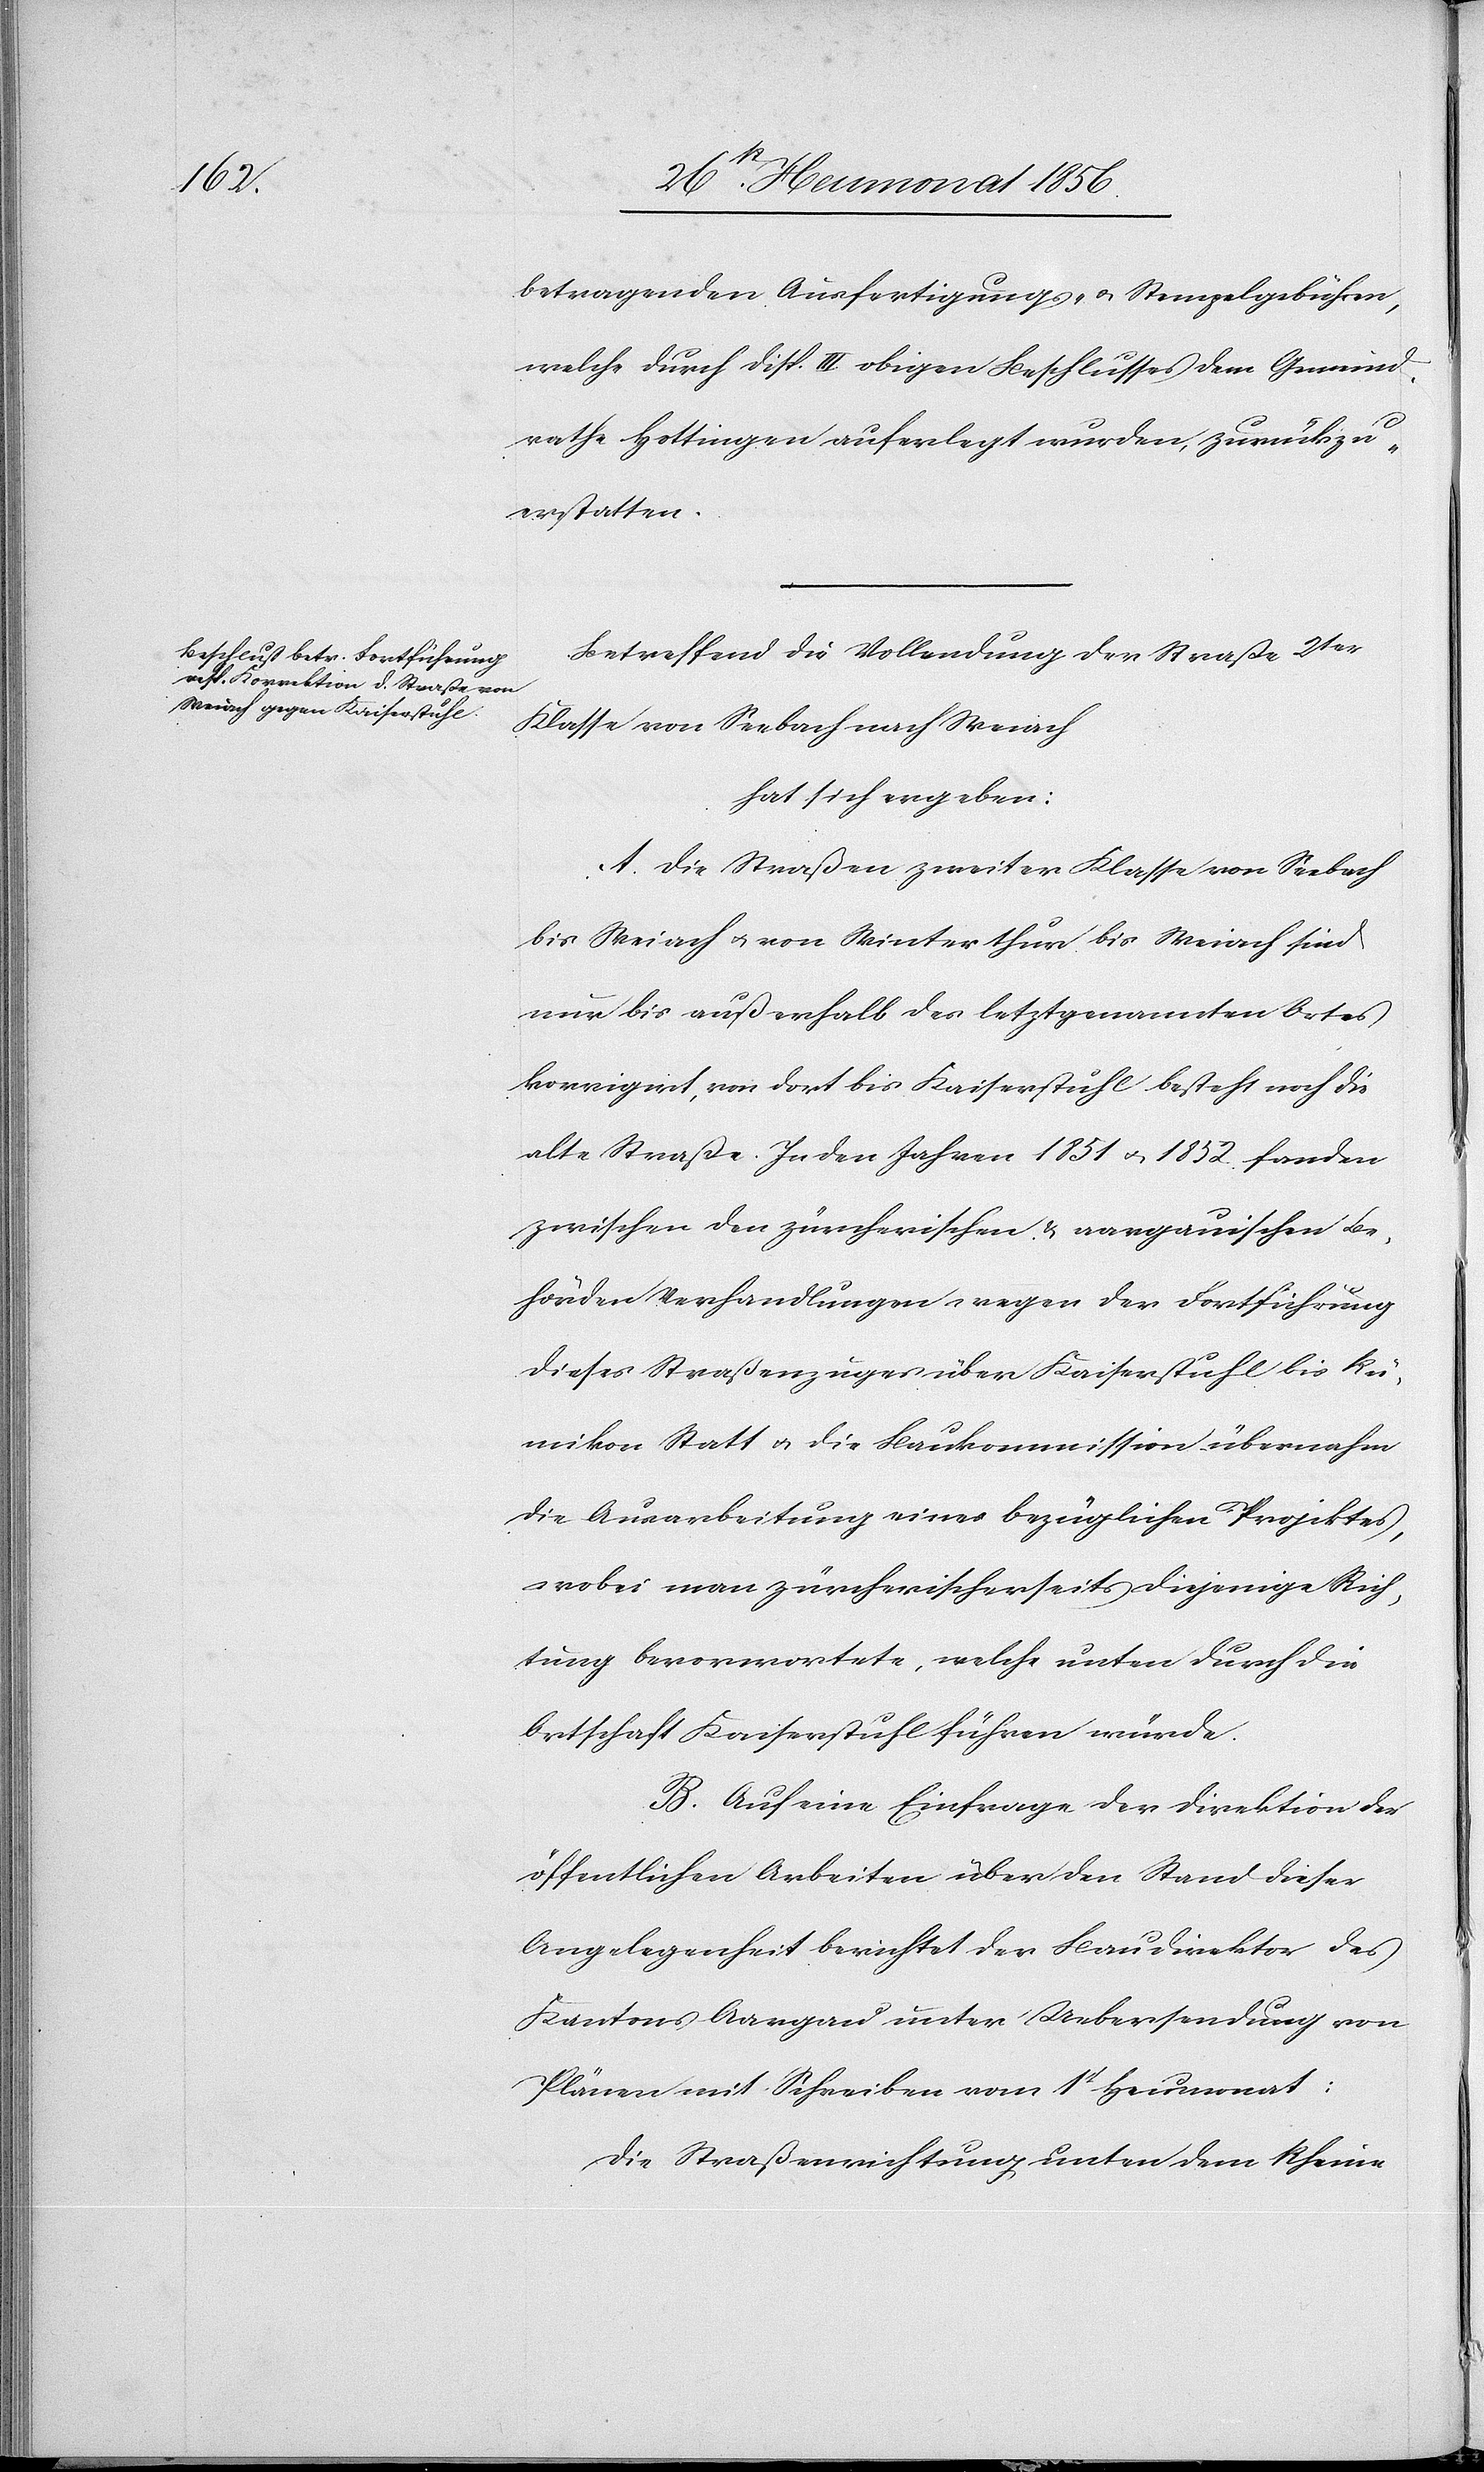
betragenden Ausfertigungs- u. Stempelgebühren,
welche durch Disp. III obigen Beschlusses dem Gemeind¬
rathe Hottingen auferlegt wurden, zurückzu¬
erstatten.
Betreffend die Vollendung der Straße 2ter
Klasse von Seebach nach Weiach
hat sich ergeben:
A. Die Straßen zweiter Klasse von Seebach
bis Weiach u. von Winterthur bis Weiach sind
nur bis außerhalb des letztgenannten Ortes
korrigirt, von dort bis Kaiserstuhl besteht noch die
alte Straße. In den Jahren 1851 u. 1852. fanden
zwischen den zürcherischen & aargauischen Be¬
hörden Verhandlungen wegen der Fortführung
dieses Straßenzuges über Kaiserstuhl bis Rü¬
mikon Statt u. die Baukommission übernahm
die Ausarbeitung eines bezüglichen Projektes,
wobei man zürcherischerseits diejenige Rich¬
tung bevorwortete, welche unten durch die
Ortschaft Kaiserstuhl führen würde.
B. Auf eine Einfrage der Direktion der
öffentlichen Arbeiten über den Stand dieser
Angelegenheit berichtet der Baudirektor des
Kantons Aargau unter Uebersendung von
Plänen mit Schreiben vom 1t Heumonat:
Die Straßenrichtung unten dem Rheine